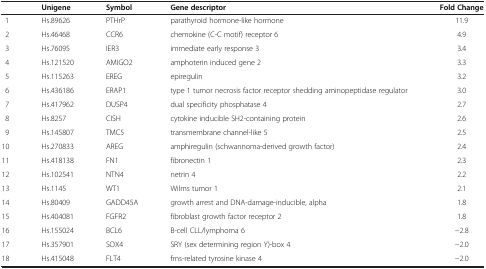
<table><thead><tr><td><b> </b></td><td><b>Unigene</b></td><td><b>Symbol</b></td><td><b>Gene descriptor</b></td><td><b>Fold Change</b></td></tr></thead><tbody><tr><td>1</td><td>Hs.89626</td><td>PTHrP</td><td>parathyroid hormone-like hormone</td><td>11.9</td></tr><tr><td>2</td><td>Hs.46468</td><td>CCR6</td><td>chemokine (C-C motif) receptor 6</td><td>4.9</td></tr><tr><td>3</td><td>Hs.76095</td><td>IER3</td><td>immediate early response 3</td><td>3.4</td></tr><tr><td>4</td><td>Hs.121520</td><td>AMIGO2</td><td>amphoterin induced gene 2</td><td>3.3</td></tr><tr><td>5</td><td>Hs.115263</td><td>EREG</td><td>epiregulin</td><td>3.2</td></tr><tr><td>6</td><td>Hs.436186</td><td>ERAP1</td><td>type 1 tumor necrosis factor receptor shedding aminopeptidase regulator</td><td>3.0</td></tr><tr><td>7</td><td>Hs.417962</td><td>DUSP4</td><td>dual specificity phosphatase 4</td><td>2.7</td></tr><tr><td>8</td><td>Hs.8257</td><td>CISH</td><td>cytokine inducible SH2-containing protein</td><td>2.6</td></tr><tr><td>9</td><td>Hs.145807</td><td>TMC5</td><td>transmembrane channel-like 5</td><td>2.5</td></tr><tr><td>10</td><td>Hs.270833</td><td>AREG</td><td>amphiregulin (schwannoma-derived growth factor)</td><td>2.4</td></tr><tr><td>11</td><td>Hs.418138</td><td>FN1</td><td>fibronectin 1</td><td>2.3</td></tr><tr><td>12</td><td>Hs.102541</td><td>NTN4</td><td>netrin 4</td><td>2.2</td></tr><tr><td>13</td><td>Hs.1145</td><td>WT1</td><td>Wilms tumor 1</td><td>2.1</td></tr><tr><td>14</td><td>Hs.80409</td><td>GADD45A</td><td>growth arrest and DNA-damage-inducible, alpha</td><td>1.8</td></tr><tr><td>15</td><td>Hs.404081</td><td>FGFR2</td><td>fibroblast growth factor receptor 2</td><td>1.8</td></tr><tr><td>16</td><td>Hs.155024</td><td>BCL6</td><td>B-cell CLL/lymphoma 6</td><td>−2.8</td></tr><tr><td>17</td><td>Hs.357901</td><td>SOX4</td><td>SRY (sex determining region Y)-box 4</td><td>−2.0</td></tr><tr><td>18</td><td>Hs.415048</td><td>FLT4</td><td>fms-related tyrosine kinase 4</td><td>−2.0</td></tr></tbody></table>